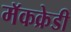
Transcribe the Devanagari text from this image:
मॅकक्रेडी